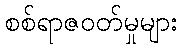
စစ်ရာဇဝတ်မှုများ